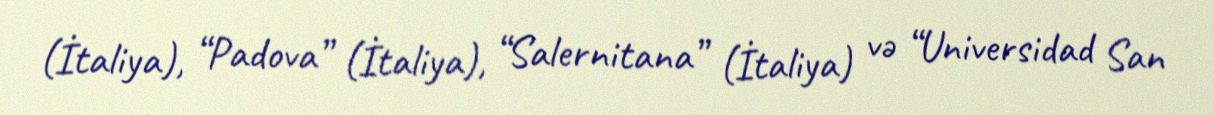
(İtaliya), “Padova” (İtaliya), “Salernitana” (İtaliya) və “Universidad San